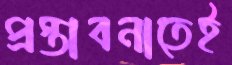
প্রস্তাবনাতেই